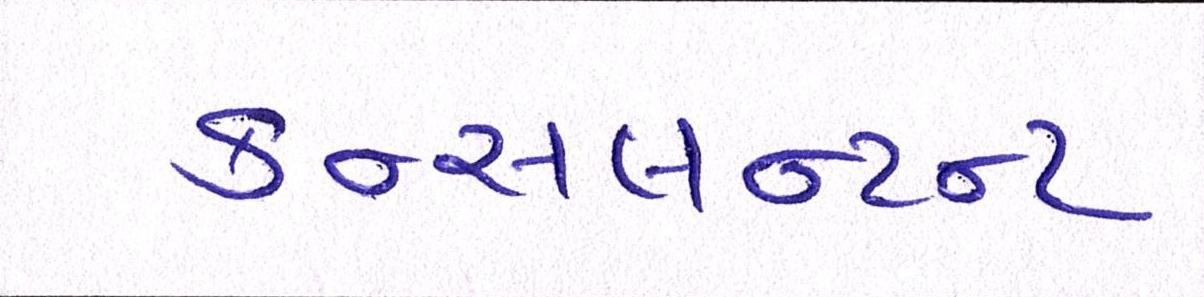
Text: કન્સલન્ટન્ટ